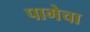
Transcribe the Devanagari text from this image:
पागेचा